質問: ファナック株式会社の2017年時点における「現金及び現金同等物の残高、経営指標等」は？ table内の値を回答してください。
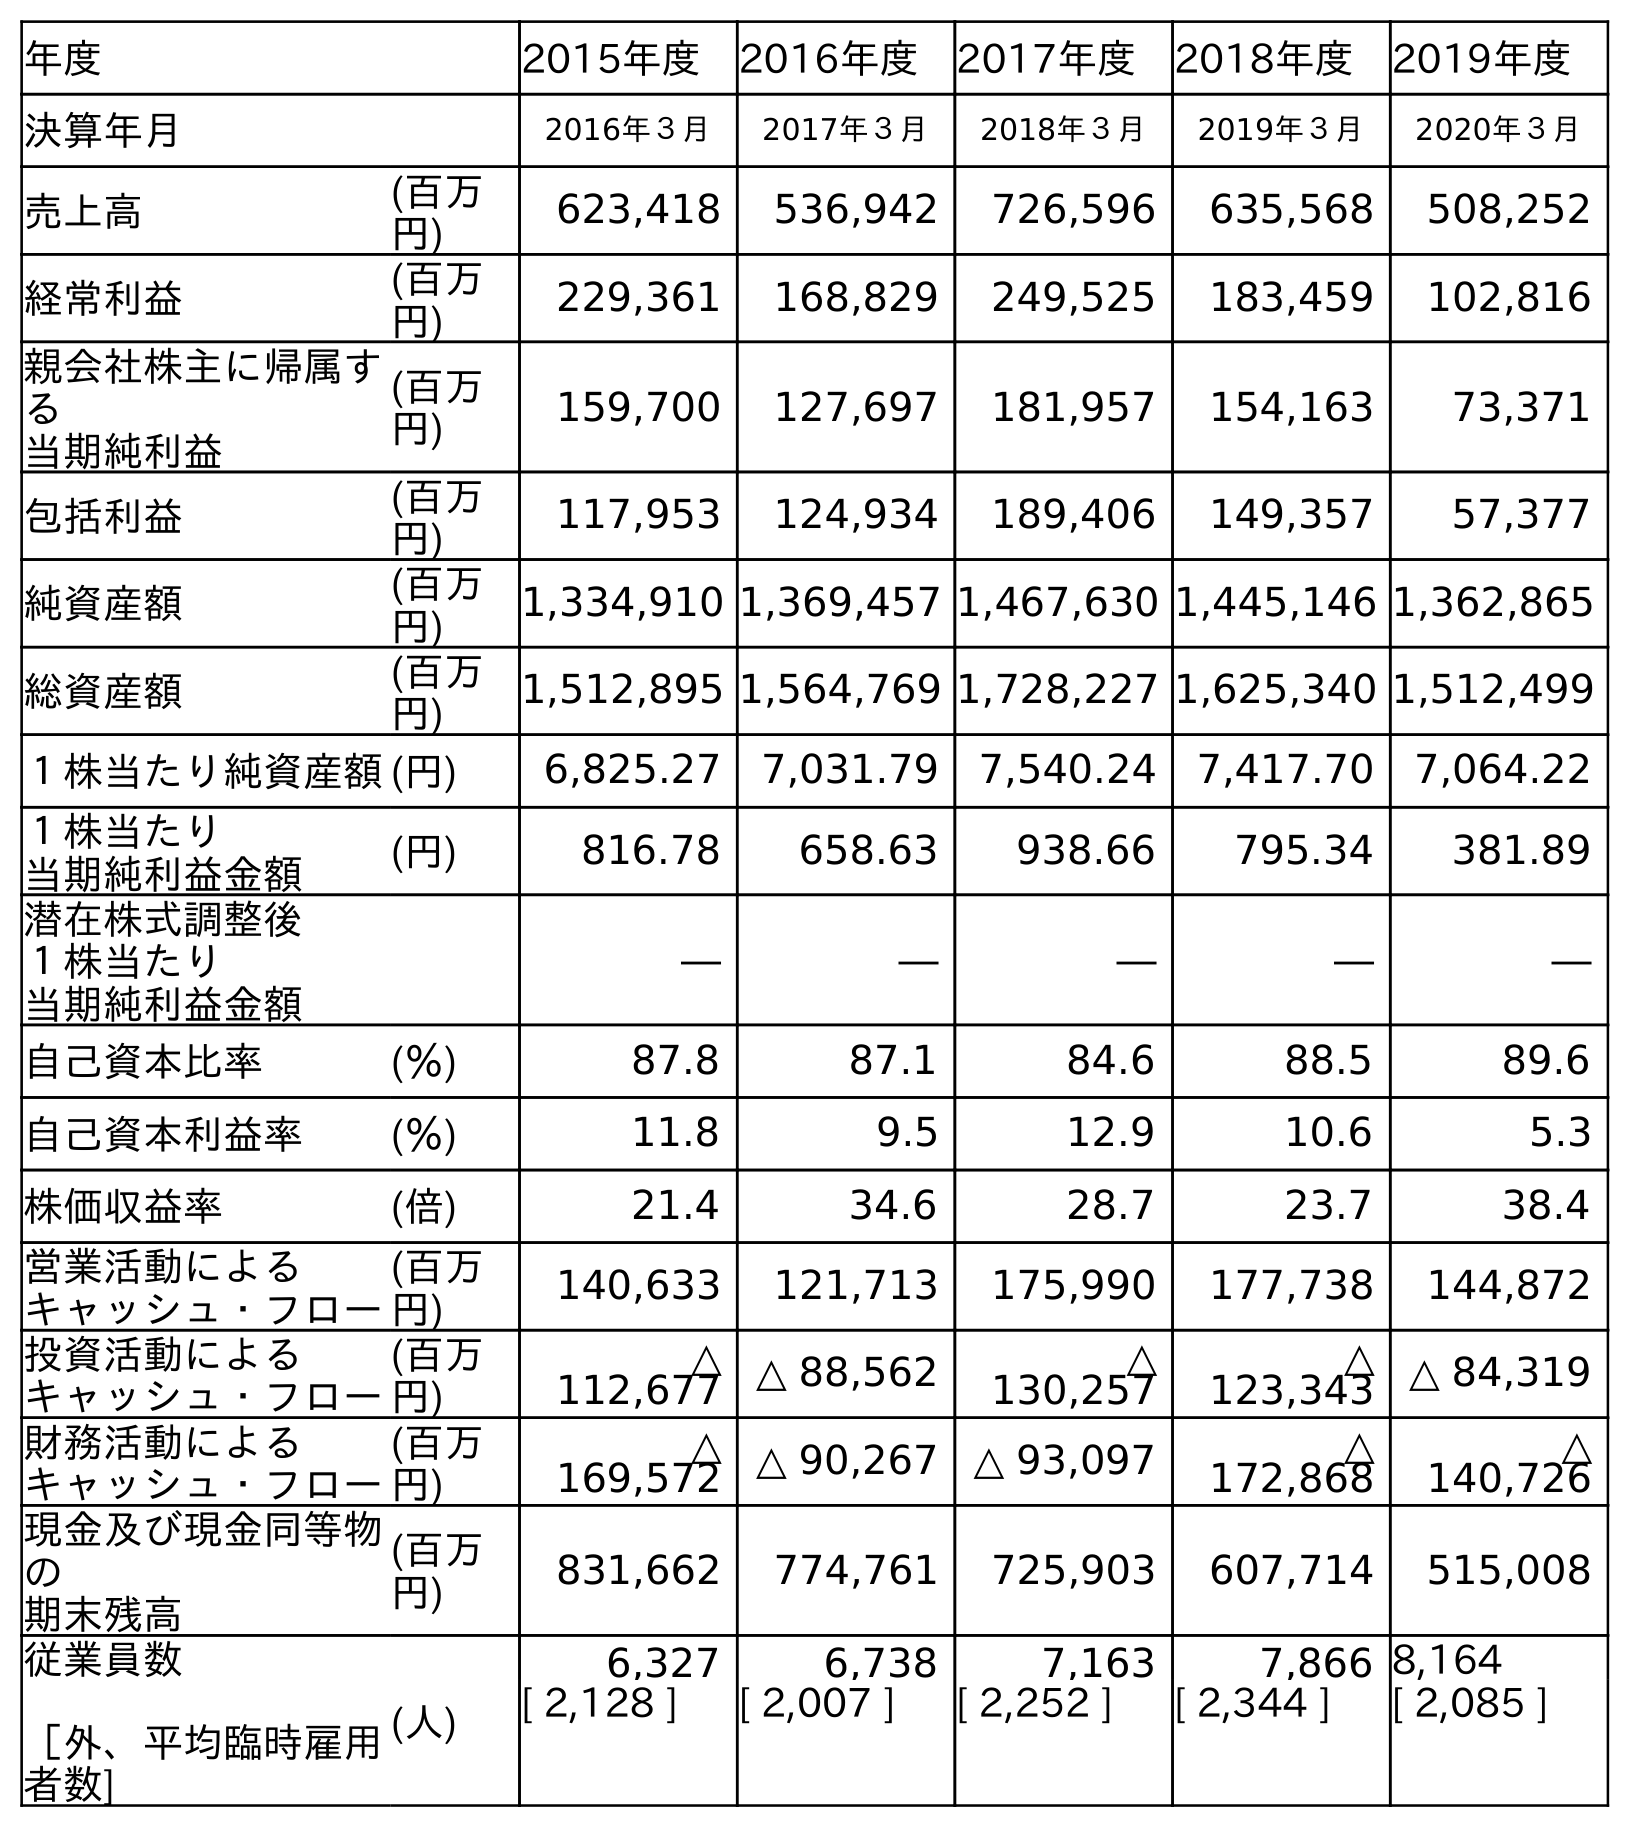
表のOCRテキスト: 年度 2015年度 2016年度 2017年度 2018年度 2019年度 決算年月 2016年３月 2017年３月 2018年３月 2019年３月 2020年３月 売上高 (百万 円) 623,418 536,942 726,596 635,568 508,252 経常利益 (百万 円) 229,361 168,829 249,525 183,459 102,816 親会社株主に帰属す る 当期純利益 (百万 円) 159,700 127,697 181,957 154,163 73,371 包括利益 (百万 円) 117,953 124,934 189,406 149,357 57,377 純資産額 (百万 円) 1,334,910 1,369,457 1,467,630 1,445,146 1,362,865 総資産額 (百万 円) 1,512,895 1,564,769 1,728,227 1,625,340 1,512,499 １株当たり純資産額(円) 6,825.27 7,031.79 7,540.24 7,417.70 7,064.22 １株当たり 当期純利益金額 (円) 816.78 658.63 938.66 795.34 381.89 潜在株式調整後 １株当たり 当期純利益金額 ― ― ― ― ― 自己資本比率 (％) 87.8 87.1 84.6 88.5 89.6 自己資本利益率 (％) 11.8 9.5 12.9 10.6 5.3 株価収益率 (倍) 21.4 34.6 28.7 23.7 38.4 営業活動による キャッシュ・フロー (百万 円) 140,633 121,713 175,990 177,738 144,872 投資活動による キャッシュ・フロー (百万 円) △ 112,677 △ 88,562 △ 130,257 △ 123,343 △ 84,319 財務活動による キャッシュ・フロー (百万 円) △ 169,572 △ 90,267 △ 93,097 △ 172,868 △ 140,726 現金及び現金同等物 の 期末残高 (百万 円) 831,662 774,761 725,903 607,714 515,008 従業員数 ［外、平均臨時雇用 者数] (人) 6,327 6,738 7,163 7,866 8,164 [ 2,128 ] [ 2,007 ] [ 2,252 ] [ 2,344 ] [ 2,085 ]
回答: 774,761